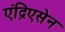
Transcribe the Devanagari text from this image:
एंद्रिएसेन